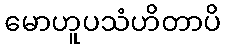
မောဟူပသံဟိတာပိ